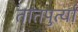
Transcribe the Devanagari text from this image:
तातपुर्त्या